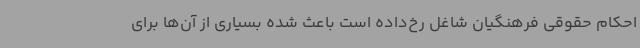
احکام حقوقی فرهنگیان شاغل رخ‌داده است باعث شده بسیاری از آن‌ها برای